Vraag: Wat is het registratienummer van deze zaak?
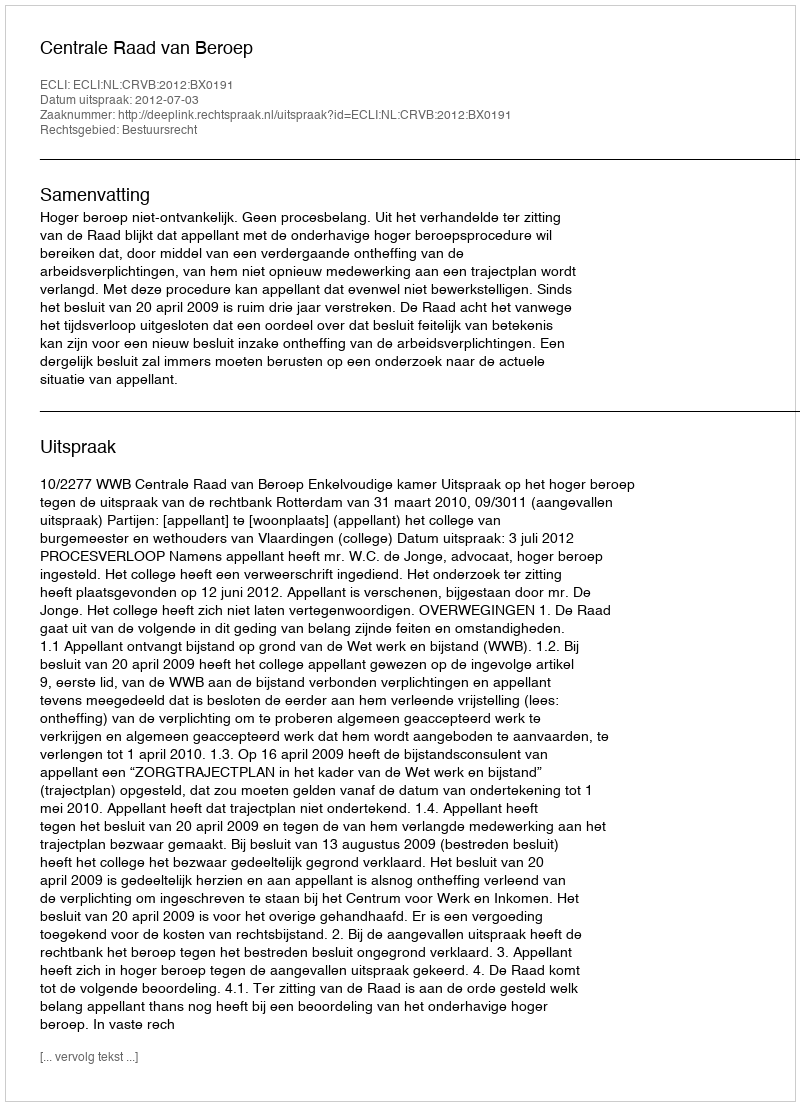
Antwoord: http://deeplink.rechtspraak.nl/uitspraak?id=ECLI:NL:CRVB:2012:BX0191